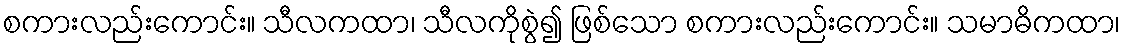
စကားလည်းကောင်း။ သီလကထာ၊ သီလကိုစွဲ၍ ဖြစ်သော စကားလည်းကောင်း။ သမာဓိကထာ၊